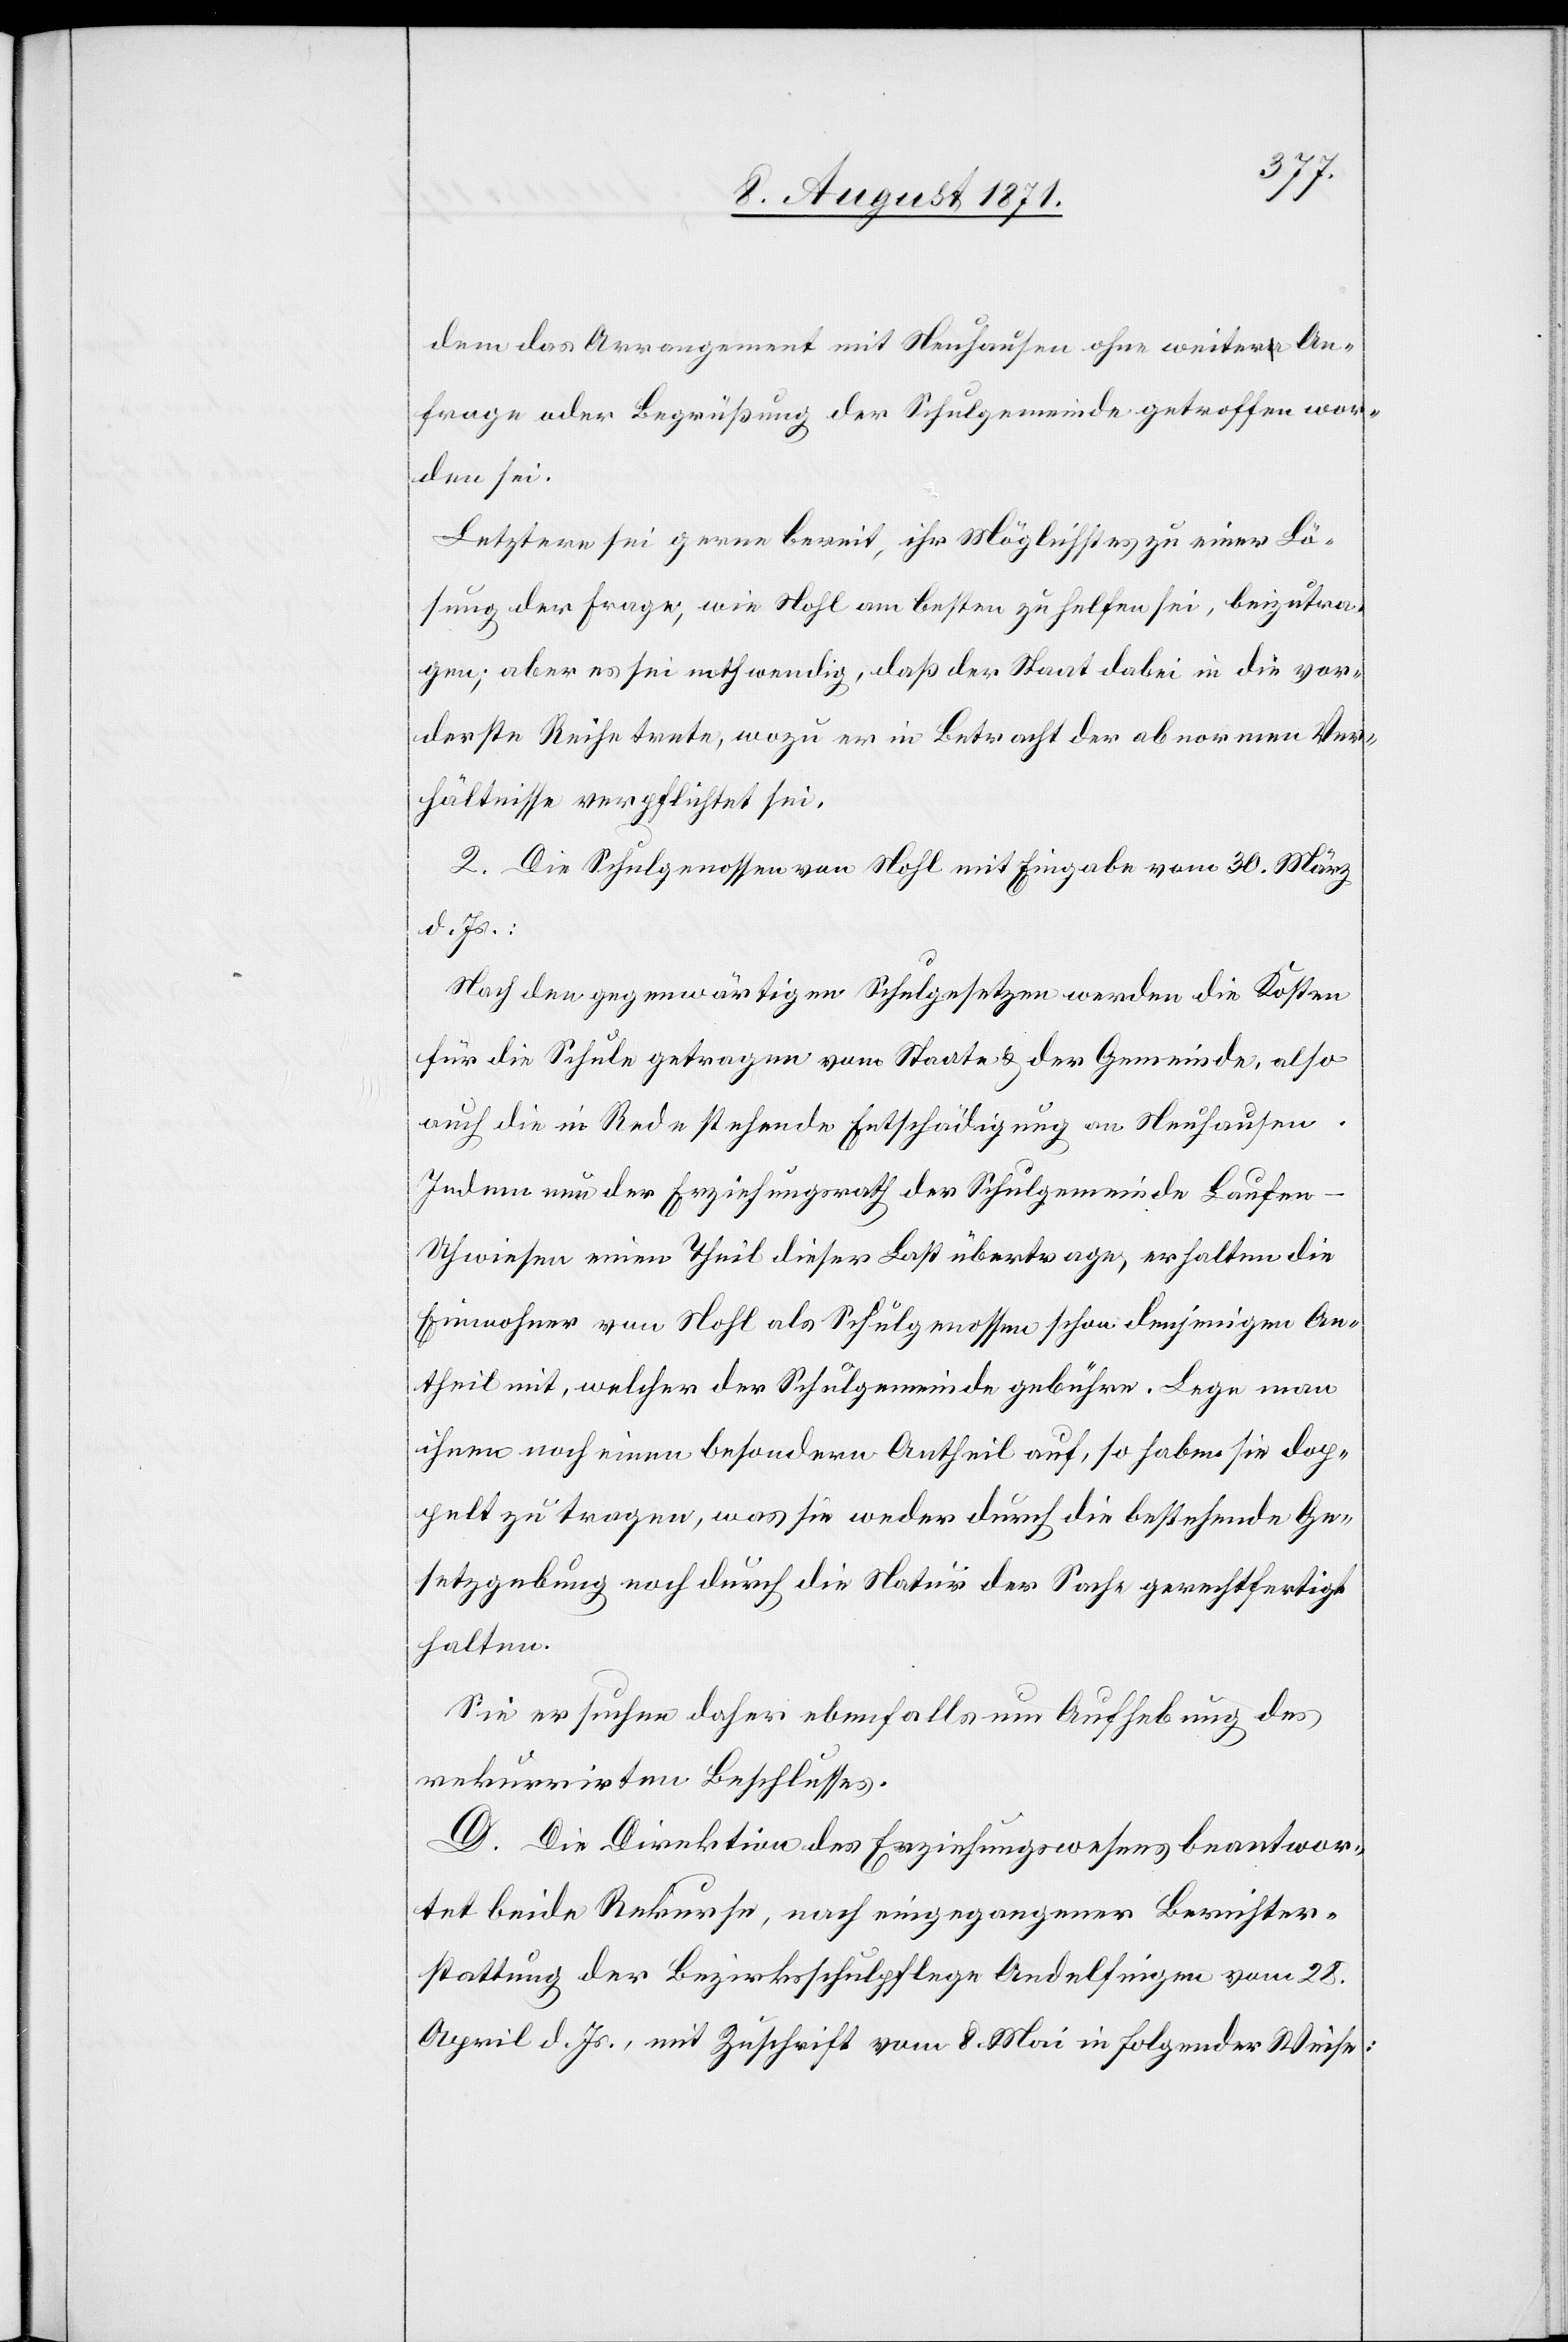
dem das Arrangement mit Neuhausen ohne weitere An¬
frage oder Begrüßung der Schulgemeinde getroffen wor¬
den sei.
Letztere sei gerne bereit, ihr Möglichstes zu einer Lö¬
sung der Frage, wie Nohl am besten zu helfen sei, beizutra¬
gen; aber es sei nothwendig, daß der Staat dabei in die vor¬
derste Reihe trete, wozu er in Betracht der abnormen Ver¬
hältnisse verpflichtet sei.
2. Die Schulgenossen von Nohl mit Eingabe vom 30. März
d. Js.:
Nach den gegenwärtigen Schulgesetzen werden die Kosten
für die Schule getragen vom Staate u. der Gemeinde, also
auch die in Rede stehende Entschädigung an Neuhausen.
Indem nun der Erziehungsrath der Schulgemeinde Laufen-U¬
hwiesen einen Theil dieser Last übertrage, erhalten die
Einwohner von Nohl als Schulgenossen schon denjenigen An¬
theil mit, welcher der Schulgemeinde gebühre. Lege man
ihnen noch einen besondern Antheil auf, so haben sie dop¬
pelt zu tragen, was sie weder durch die bestehende Ge¬
setzgebung noch durch die Natur der Sache gerechtfertigt
halten.
Sie ersuchen daher ebenfalls um Aufhebung des
rekurrirten Beschlusses.
D. Die Direktion des Erziehungswesens beantwor¬
tet beide Rekurse, nach eingegangener Berichter¬
stattung der Bezirksschulpflege Andelfingen vom 28.
April d. Js., mit Zuschrift vom 8. Mai in folgender Weise: